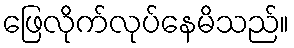
ဖြေလိုက်လုပ်နေမိသည်။